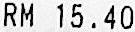
RM 15.40